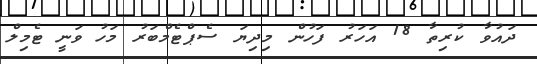
ދައުވާ ކުރިތާ 18 އަހަރު ފަހުން މިދިޔަ ސެޕްޓެމްބަރު މަހު ވަނީ ޓެމިލް